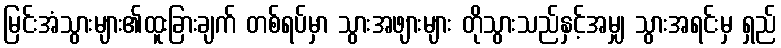
မြင်းအံသွားများ၏ထူးခြားချက် တစ်ရပ်မှာ သွားအဖျားများ တိုသွားသည်နှင့်အမျှ သွားအရင်းမှ ရှည်